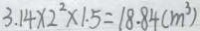
3 . 1 4 \times 2 ^ { 2 } \times 1 . 5 = 1 8 . 8 4 ( m ^ { 3 } )